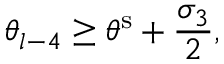
\theta _ { l - 4 } \geq \theta ^ { \mathrm { s } } + \frac { \sigma _ { 3 } } { 2 } ,